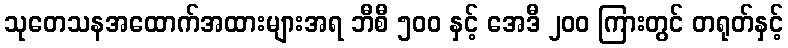
သုတေသနအထောက်အထားများအရ ဘီစီ ၅၀၀ နှင့် အေဒီ ၂၀၀ ကြားတွင် တရုတ်နှင့်